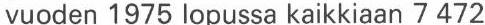
vuoden 1975 lopussa kaikkiaan 7 472